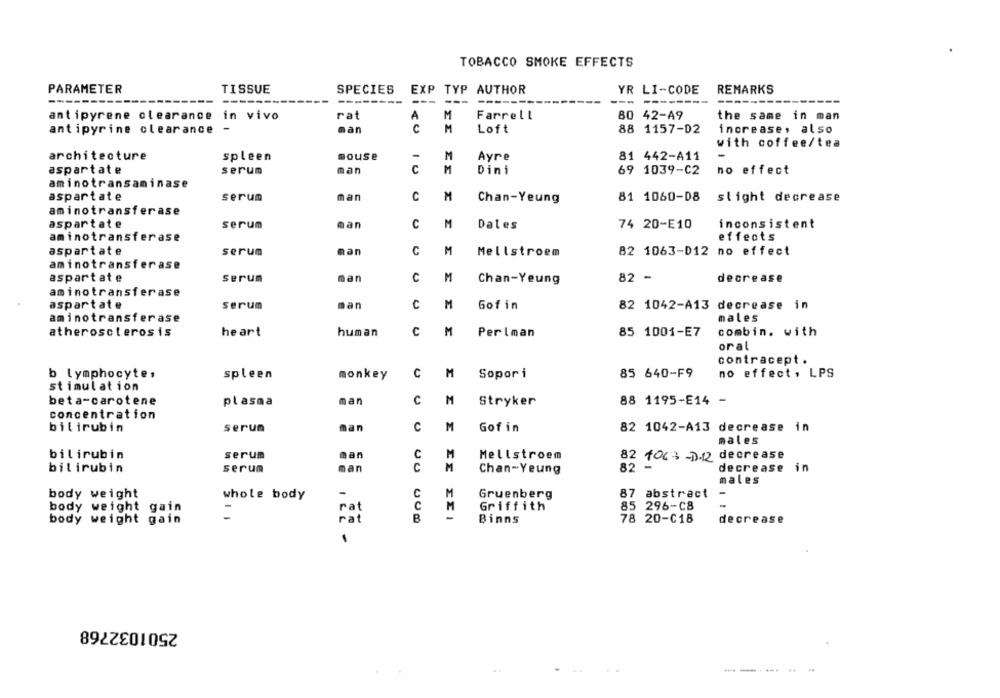
TOBACCO SMOKE EFFECTS
PARAMETER
TISSUE
SPECIES EXP TYP AUTHOR
YR LI-CODE
REMARKS
------
---
---
---
---
------
---
------
antipyrene clearance in vivo
rat
A
M
Farrell
80 42-A9
the same in man
antipyrine clearance
-
man
C
M
Loft
88 1157-02
increase, also
with coffee/tea
architecture
spleen
mouse
-
M
Ayre
81 442-A11
aspartate
serum
man
C
M
Dini
69 1039-C2
no effect
aminotransaminase
aspartate
serum
man
C
M
Chan-Yeung
81 1060-08
slight decrease
aminotransferase
aspartate
san
M
inconsistent
serum
C
Dales
74 20-E10
aminotransferase
effects
aspartate
serum
man
C
M
Mellstroem
82 1063-D12 no effect
aminotransferase
aspartate
Serum
man
c
M
82 -
decrease
Chan-Yeung
aminotransferase
aspartate
serum
man
C
M
Gof in
82 1042-A13 decrease in
aminotransferase
males
atherosclerosis
heart
human
c
M
Perlman
85 1001-E7
combin. with
oral
contracept.
b lymphocytes
spleen
monkey
C
M
Sopor i
85 640-F9
no effect , LPS
stimulation
beta-carotene
plasma
man
C
M
Stryker
88 1195-E14 -
concentration
M
bilirubin
serum
man
C
Gof in
82 1042-A13 decrease in
males
bilirubin
man
C
serum
M
Mellstroem
82 for: - D.Q decrease
man
M
82 -
decrease in
bilirubin
serum
Chan-Yeung
males
body weight
-
C
M
Gruenberg
87 abstract
-
whole body
body weight gain
C
M
Griffith
85 296-C8
-
rat
-
body weight gain
rat
B
Binns
78 20-C18
decrease
2501032768